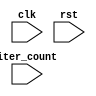
module Loop (
    input wire clk,
    input wire rst,
    input wire [7:0] iter_count,
    // Add any other input ports as needed
    
    // Add any output ports as needed
);

parameter MAX_ITER = 100; // Maximum number of iterations

reg [7:0] iter; // Variable to keep track of current iteration

always @(posedge clk or posedge rst) begin
    if (rst) begin
        iter <= 0;
    end else begin
        if (iter < iter_count) begin
            // Code block for if condition
            
        end else if (iter == iter_count) begin
            // Code block for else if condition
            
        end else begin
            // Code block for else condition
            
        end
        
        // Increment iteration count
        if (iter < MAX_ITER) begin
            iter <= iter + 1;
        end
    end
end

// Add any other logic and code blocks as needed

endmodule